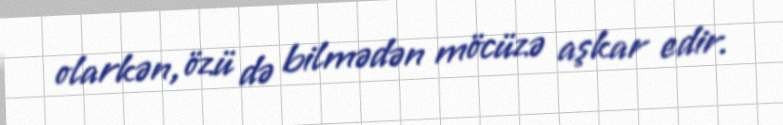
olarkən, özü də bilmədən möcüzə aşkar edir.